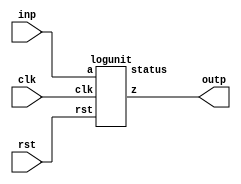
`define DEFINES_DONE
`define EXPONENT 5
`define MANTISSA 10
`define SIGN 1
`define DATAWIDTH (`SIGN+`EXPONENT+`MANTISSA)
`define IEEE_COMPLIANCE 1
`define NUM 8
`define ADDRSIZE 7
`define ADDRSIZE_FOR_TB 10
`define EXPONENT 5
`define MANTISSA 10
`define ACTUAL_MANTISSA 11
`define EXPONENT_LSB 10
`define EXPONENT_MSB 14
`define MANTISSA_LSB 0
`define MANTISSA_MSB 9
`define MANTISSA_MUL_SPLIT_LSB 3
`define MANTISSA_MUL_SPLIT_MSB 9
`define SIGN 1
`define SIGN_LOC 15
`define DWIDTH (`SIGN+`EXPONENT+`MANTISSA)
`define IEEE_COMPLIANCE 1
`define EXPONENT 5
`define MANTISSA 10
`define ACTUAL_MANTISSA 11
`define EXPONENT_LSB 10
`define EXPONENT_MSB 14
`define MANTISSA_LSB 0
`define MANTISSA_MSB 9
`define MANTISSA_MUL_SPLIT_LSB 3
`define MANTISSA_MUL_SPLIT_MSB 9
`define SIGN 1
`define SIGN_LOC 15
`define DWIDTH (`SIGN+`EXPONENT+`MANTISSA)
`define IEEE_COMPLIANCE 1
`define EXPONENT 5
`define MANTISSA 10
`define ACTUAL_MANTISSA 11
`define EXPONENT_LSB 10
`define EXPONENT_MSB 14
`define MANTISSA_LSB 0
`define MANTISSA_MSB 9
`define MANTISSA_MUL_SPLIT_LSB 3
`define MANTISSA_MUL_SPLIT_MSB 9
`define SIGN 1
`define SIGN_LOC 15
`define DWIDTH (`SIGN+`EXPONENT+`MANTISSA)
`define IEEE_COMPLIANCE 1

module mode5_ln(
clk,
rst,
inp,
outp
);
  input clk;
  input rst; 
  input  [`DATAWIDTH-1 : 0] inp;
  output [`DATAWIDTH-1 : 0] outp;
  logunit ln(.clk(clk), .rst(rst), .a(inp), .z(outp), .status());
endmodule
module logunit (clk, rst, a, z, status);

	input clk;
  input rst;
	input [15:0] a;
	output [15:0] z;
	output [4:0] status;

	wire [15: 0] fxout1;
	wire [15: 0] fxout2;


	LUT1 lut1 (.addr(a[14:10]),.log(fxout1)); 
	LUT2 lut2 (.addr(a[9:4]),.log(fxout2));  

  wire clk_NC;
  wire rst_NC;

	//DW_fp_addsub #(`MANTISSA, `EXPONENT, `IEEE_COMPLIANCE) add(.a(fxout1), .b(fxout2), .rnd(3'b0), .op(1'b0), .z(z), .status(status[7:0]));
  FPAddSub add (.clk(clk), .rst(rst), .a(fxout1),	.b(fxout2), .operation(1'b1),	.result(z), .flags());
endmodule
module LUT2(addr, log);
    input [5:0] addr;
    output reg [15:0] log;

    always @(addr) begin
        case (addr)
			6'b0 		: log = 16'b0000000000000000;
			6'b1 		: log = 16'b0010001111110000;
			6'b10 		: log = 16'b0010011111100001;
			6'b11 		: log = 16'b0010100111011101;
			6'b100 		: log = 16'b0010101111000011;
			6'b101 		: log = 16'b0010110011010000;
			6'b110 		: log = 16'b0010110110111100;
			6'b111 		: log = 16'b0010111010100101;
			6'b1000 		: log = 16'b0010111110001010;
			6'b1001 		: log = 16'b0011000000110110;
			6'b1010 		: log = 16'b0011000010100101;
			6'b1011 		: log = 16'b0011000100010011;
			6'b1100 		: log = 16'b0011000110000000;
			6'b1101 		: log = 16'b0011000111101011;
			6'b1110 		: log = 16'b0011001001010101;
			6'b1111 		: log = 16'b0011001010111101;
			6'b10000 		: log = 16'b0011001100100100;
			6'b10001 		: log = 16'b0011001110001010;
			6'b10010 		: log = 16'b0011001111101110;
			6'b10011 		: log = 16'b0011010000101001;
			6'b10100 		: log = 16'b0011010001011010;
			6'b10101 		: log = 16'b0011010010001010;
			6'b10110 		: log = 16'b0011010010111010;
			6'b10111 		: log = 16'b0011010011101010;
			6'b11000 		: log = 16'b0011010100011000;
			6'b11001 		: log = 16'b0011010101000111;
			6'b11010 		: log = 16'b0011010101110100;
			6'b11011 		: log = 16'b0011010110100010;
			6'b11100 		: log = 16'b0011010111001110;
			6'b11101 		: log = 16'b0011010111111011;
			6'b11110 		: log = 16'b0011011000100111;
			6'b11111 		: log = 16'b0011011001010010;
			6'b100000 		: log = 16'b0011011001111101;
			6'b100001 		: log = 16'b0011011010100111;
			6'b100010 		: log = 16'b0011011011010001;
			6'b100011 		: log = 16'b0011011011111011;
			6'b100100 		: log = 16'b0011011100100100;
			6'b100101 		: log = 16'b0011011101001101;
			6'b100110 		: log = 16'b0011011101110101;
			6'b100111 		: log = 16'b0011011110011101;
			6'b101000 		: log = 16'b0011011111000101;
			6'b101001 		: log = 16'b0011011111101100;
			6'b101010 		: log = 16'b0011100000001001;
			6'b101011 		: log = 16'b0011100000011101;
			6'b101100 		: log = 16'b0011100000110000;
			6'b101101 		: log = 16'b0011100001000010;
			6'b101110 		: log = 16'b0011100001010101;
			6'b101111 		: log = 16'b0011100001101000;
			6'b110000 		: log = 16'b0011100001111010;
			6'b110001 		: log = 16'b0011100010001100;
			6'b110010 		: log = 16'b0011100010011110;
			6'b110011 		: log = 16'b0011100010110000;
			6'b110100 		: log = 16'b0011100011000010;
			6'b110101 		: log = 16'b0011100011010100;
			6'b110110 		: log = 16'b0011100011100101;
			6'b110111 		: log = 16'b0011100011110110;
			6'b111000 		: log = 16'b0011100100000111;
			6'b111001 		: log = 16'b0011100100011000;
			6'b111010 		: log = 16'b0011100100101001;
			6'b111011 		: log = 16'b0011100100111010;
			6'b111100 		: log = 16'b0011100101001011;
			6'b111101 		: log = 16'b0011100101011011;
			6'b111110 		: log = 16'b0011100101101011;
			6'b111111 		: log = 16'b0011100101111100;
        endcase
    end
endmodule
module LUT1(addr, log);
    input [4:0] addr;
    output reg [15:0] log;

    always @(addr) begin
        case (addr)
			5'b0 		: log = 16'b1111110000000000;
			5'b1 		: log = 16'b1100100011011010;
			5'b10 		: log = 16'b1100100010000001;
			5'b11 		: log = 16'b1100100000101001;
			5'b100 		: log = 16'b1100011110100000;
			5'b101 		: log = 16'b1100011011101110;
			5'b110 		: log = 16'b1100011000111101;
			5'b111 		: log = 16'b1100010110001100;
			5'b1000 		: log = 16'b1100010011011010;
			5'b1001 		: log = 16'b1100010000101001;
			5'b1010 		: log = 16'b1100001011101110;
			5'b1011 		: log = 16'b1100000110001100;
			5'b1100 		: log = 16'b1100000000101001;
			5'b1101 		: log = 16'b1011110110001100;
			5'b1110 		: log = 16'b1011100110001100;
			5'b1111 		: log = 16'b0000000000000000;
			5'b10000 		: log = 16'b0011100110001100;
			5'b10001 		: log = 16'b0011110110001100;
			5'b10010 		: log = 16'b0100000000101001;
			5'b10011 		: log = 16'b0100000110001100;
			5'b10100 		: log = 16'b0100001011101110;
			5'b10101 		: log = 16'b0100010000101001;
			5'b10110 		: log = 16'b0100010011011010;
			5'b10111 		: log = 16'b0100010110001100;
			5'b11000 		: log = 16'b0100011000111101;
			5'b11001 		: log = 16'b0100011011101110;
			5'b11010 		: log = 16'b0100011110100000;
			5'b11011 		: log = 16'b0100100000101001;
			5'b11100 		: log = 16'b0100100010000001;
			5'b11101 		: log = 16'b0100100011011010;
			5'b11110 		: log = 16'b0100100100110011;
			5'b11111 		: log = 16'b0111110000000000;
        endcase
    end
endmodule

module FPAddSub(
		clk,
		rst,
		a,
		b,
		operation,			// 0 add, 1 sub
		result,
		flags
	);
	
	// Clock and reset
	input clk ;										// Clock signal
	input rst ;										// Reset (active high, resets pipeline registers)
	
	// Input ports
	input [`DWIDTH-1:0] a ;								// Input A, a 32-bit floating point number
	input [`DWIDTH-1:0] b ;								// Input B, a 32-bit floating point number
	input operation ;								// Operation select signal
	
	// Output ports
	output [`DWIDTH-1:0] result ;						// Result of the operation
	output [4:0] flags ;							// Flags indicating exceptions according to IEEE754
	
	assign flags = 5'b0;
	
`ifdef complex_dsp
adder_fp_clk u_add(.clk(clk), .a(a), .b(b),.out(result));
`else
FPAddSub_16 u_FPAddSub (.clk(clk), .rst(rst), .a(a), .b(b), .operation(1'b0), .result(result), .flags());
`endif
endmodule
module FPAddSub_16(
		//bf16,
		clk,
		rst,
		a,
		b,
		operation,			// 0 add, 1 sub
		result,
		flags
	);
	//input bf16; //1 for Bfloat16, 0 for IEEE half precision

	// Clock and reset
	input clk ;										// Clock signal
	input rst ;										// Reset (active high, resets pipeline registers)
	
	// Input ports
	input [`DWIDTH-1:0] a ;								// Input A, a 32-bit floating point number
	input [`DWIDTH-1:0] b ;								// Input B, a 32-bit floating point number
	input operation ;								// Operation select signal
	
	// Output ports
	output [`DWIDTH-1:0] result ;						// Result of the operation
	output [4:0] flags ;							// Flags indicating exceptions according to IEEE754
	
	// Pipeline Registers
	//reg [79:0] pipe_1;							// Pipeline register PreAlign->Align1
	reg [2*`EXPONENT + 2*`DWIDTH + 5:0] pipe_1;							// Pipeline register PreAlign->Align1

	//reg [67:0] pipe_2;							// Pipeline register Align1->Align3
	//reg [2*`EXPONENT+ 2*`MANTISSA + 8:0] pipe_2;							// Pipeline register Align1->Align3
	wire [2*`EXPONENT+ 2*`MANTISSA + 8:0] pipe_2;

	//reg [76:0] pipe_3;	68						// Pipeline register Align1->Align3
	reg [2*`EXPONENT+ 2*`MANTISSA + 9:0] pipe_3;							// Pipeline register Align1->Align3

	//reg [69:0] pipe_4;							// Pipeline register Align3->Execute
	//reg [2*`EXPONENT+ 2*`MANTISSA + 9:0] pipe_4;							// Pipeline register Align3->Execute
	wire [2*`EXPONENT+ 2*`MANTISSA + 9:0] pipe_4;
	
	//reg [51:0] pipe_5;							// Pipeline register Execute->Normalize
	reg [`DWIDTH+`EXPONENT+11:0] pipe_5;							// Pipeline register Execute->Normalize

	//reg [56:0] pipe_6;							// Pipeline register Nomalize->NormalizeShift1
	//reg [`DWIDTH+`EXPONENT+16:0] pipe_6;							// Pipeline register Nomalize->NormalizeShift1
	wire [`DWIDTH+`EXPONENT+16:0] pipe_6;

	//reg [56:0] pipe_7;							// Pipeline register NormalizeShift2->NormalizeShift3
	//reg [`DWIDTH+`EXPONENT+16:0] pipe_7;							// Pipeline register NormalizeShift2->NormalizeShift3
	wire [`DWIDTH+`EXPONENT+16:0] pipe_7;
	//reg [54:0] pipe_8;							// Pipeline register NormalizeShift3->Round
	reg [`EXPONENT*2+`MANTISSA+15:0] pipe_8;							// Pipeline register NormalizeShift3->Round

	//reg [40:0] pipe_9;							// Pipeline register NormalizeShift3->Round
	//reg [`DWIDTH+8:0] pipe_9;							// Pipeline register NormalizeShift3->Round
	wire [`DWIDTH+8:0] pipe_9;

	// Internal wires between modules
	wire [`DWIDTH-2:0] Aout_0 ;							// A - sign
	wire [`DWIDTH-2:0] Bout_0 ;							// B - sign
	wire Opout_0 ;									// A's sign
	wire Sa_0 ;										// A's sign
	wire Sb_0 ;										// B's sign
	wire MaxAB_1 ;									// Indicates the larger of A and B(0/A, 1/B)
	wire [`EXPONENT-1:0] CExp_1 ;							// Common Exponent
	wire [`EXPONENT-1:0] Shift_1 ;							// Number of steps to smaller mantissa shift right (align)
	wire [`MANTISSA-1:0] Mmax_1 ;							// Larger mantissa
	wire [4:0] InputExc_0 ;						// Input numbers are exceptions
	wire [2*`EXPONENT-1:0] ShiftDet_0 ;
	wire [`MANTISSA-1:0] MminS_1 ;						// Smaller mantissa after 0/16 shift
	wire [`MANTISSA:0] MminS_2 ;						// Smaller mantissa after 0/4/8/12 shift
	wire [`MANTISSA:0] Mmin_3 ;							// Smaller mantissa after 0/1/2/3 shift
	wire [`DWIDTH:0] Sum_4 ;
	wire PSgn_4 ;
	wire Opr_4 ;
	wire [`EXPONENT-1:0] Shift_5 ;							// Number of steps to shift sum left (normalize)
	wire [`DWIDTH:0] SumS_5 ;							// Sum after 0/16 shift
	wire [`DWIDTH:0] SumS_6 ;							// Sum after 0/16 shift
	wire [`DWIDTH:0] SumS_7 ;							// Sum after 0/16 shift
	wire [`MANTISSA-1:0] NormM_8 ;						// Normalized mantissa
	wire [`EXPONENT:0] NormE_8;							// Adjusted exponent
	wire ZeroSum_8 ;								// Zero flag
	wire NegE_8 ;									// Flag indicating negative exponent
	wire R_8 ;										// Round bit
	wire S_8 ;										// Final sticky bit
	wire FG_8 ;										// Final sticky bit
	wire [`DWIDTH-1:0] P_int ;
	wire EOF ;
	
	// Prepare the operands for alignment and check for exceptions
	FPAddSub_PrealignModule PrealignModule
	(	// Inputs
		a, b, operation,
		// Outputs
		Sa_0, Sb_0, ShiftDet_0[2*`EXPONENT-1:0], InputExc_0[4:0], Aout_0[`DWIDTH-2:0], Bout_0[`DWIDTH-2:0], Opout_0) ;
		
	// Prepare the operands for alignment and check for exceptions
	FPAddSub_AlignModule AlignModule
	(	// Inputs
		pipe_1[2*`EXPONENT + 2*`DWIDTH + 4: 2*`EXPONENT +`DWIDTH + 6], pipe_1[2*`EXPONENT +`DWIDTH + 5 :  2*`EXPONENT +7], pipe_1[2*`EXPONENT+4:5],
		// Outputs
		CExp_1[`EXPONENT-1:0], MaxAB_1, Shift_1[`EXPONENT-1:0], MminS_1[`MANTISSA-1:0], Mmax_1[`MANTISSA-1:0]) ;	

	// Alignment Shift Stage 1
	FPAddSub_AlignShift1 AlignShift1
	(  // Inputs
		//bf16, 
		pipe_2[`MANTISSA-1:0], pipe_2[`EXPONENT+ 2*`MANTISSA + 4 : 2*`MANTISSA + 7],
		// Outputs
		MminS_2[`MANTISSA:0]) ;

	// Alignment Shift Stage 3 and compution of guard and sticky bits
	FPAddSub_AlignShift2 AlignShift2  
	(  // Inputs
		pipe_3[`MANTISSA:0], pipe_3[2*`MANTISSA+7:2*`MANTISSA+6],
		// Outputs
		Mmin_3[`MANTISSA:0]) ;
						
	// Perform mantissa addition
	FPAddSub_ExecutionModule ExecutionModule
	(  // Inputs
		pipe_4[`MANTISSA*2+5:`MANTISSA+6], pipe_4[`MANTISSA:0], pipe_4[2*`EXPONENT+ 2*`MANTISSA + 8], pipe_4[2*`EXPONENT+ 2*`MANTISSA + 7], pipe_4[2*`EXPONENT+ 2*`MANTISSA + 6], pipe_4[2*`EXPONENT+ 2*`MANTISSA + 9],
		// Outputs
		Sum_4[`DWIDTH:0], PSgn_4, Opr_4) ;
	
	// Prepare normalization of result
	FPAddSub_NormalizeModule NormalizeModule
	(  // Inputs
		pipe_5[`DWIDTH:0], 
		// Outputs
		SumS_5[`DWIDTH:0], Shift_5[4:0]) ;
					
	// Normalization Shift Stage 1
	FPAddSub_NormalizeShift1 NormalizeShift1
	(  // Inputs
		pipe_6[`DWIDTH:0], pipe_6[`DWIDTH+`EXPONENT+14:`DWIDTH+`EXPONENT+11],
		// Outputs
		SumS_7[`DWIDTH:0]) ;
		
	// Normalization Shift Stage 3 and final guard, sticky and round bits
	FPAddSub_NormalizeShift2 NormalizeShift2
	(  // Inputs
		pipe_7[`DWIDTH:0], pipe_7[`DWIDTH+`EXPONENT+5:`DWIDTH+6], pipe_7[`DWIDTH+`EXPONENT+15:`DWIDTH+`EXPONENT+11],
		// Outputs
		NormM_8[`MANTISSA-1:0], NormE_8[`EXPONENT:0], ZeroSum_8, NegE_8, R_8, S_8, FG_8) ;

	// Round and put result together
	FPAddSub_RoundModule RoundModule
	(  // Inputs
		 pipe_8[3], pipe_8[4+`EXPONENT:4], pipe_8[`EXPONENT+`MANTISSA+4:5+`EXPONENT], pipe_8[1], pipe_8[0], pipe_8[`EXPONENT*2+`MANTISSA+15], pipe_8[`EXPONENT*2+`MANTISSA+12], pipe_8[`EXPONENT*2+`MANTISSA+11], pipe_8[`EXPONENT*2+`MANTISSA+14], pipe_8[`EXPONENT*2+`MANTISSA+10], 
		// Outputs
		P_int[`DWIDTH-1:0], EOF) ;
	
	// Check for exceptions
	FPAddSub_ExceptionModule Exceptionmodule
	(  // Inputs
		pipe_9[8+`DWIDTH:9], pipe_9[8], pipe_9[7], pipe_9[6], pipe_9[5:1], pipe_9[0], 
		// Outputs
		result[`DWIDTH-1:0], flags[4:0]) ;			
	

assign pipe_2 = {pipe_1[2*`EXPONENT + 2*`DWIDTH + 5], pipe_1[2*`EXPONENT +6:2*`EXPONENT +5], MaxAB_1, CExp_1[`EXPONENT-1:0], Shift_1[`EXPONENT-1:0], Mmax_1[`MANTISSA-1:0], pipe_1[4:0], MminS_1[`MANTISSA-1:0]} ;
assign pipe_4 = {pipe_3[2*`EXPONENT+ 2*`MANTISSA + 9:`MANTISSA+1], Mmin_3[`MANTISSA:0]} ;
assign pipe_6 = {pipe_5[`DWIDTH+`EXPONENT+11], Shift_5[4:0], pipe_5[`DWIDTH+`EXPONENT+10:`DWIDTH+1], SumS_5[`DWIDTH:0]} ;
assign pipe_7 = {pipe_6[`DWIDTH+`EXPONENT+16:`DWIDTH+1], SumS_7[`DWIDTH:0]} ;
assign pipe_9 = {P_int[`DWIDTH-1:0], pipe_8[2], pipe_8[1], pipe_8[0], pipe_8[`EXPONENT+`MANTISSA+9:`EXPONENT+`MANTISSA+5], EOF} ;

	always @ (posedge clk) begin	
		if(rst) begin
			pipe_1 <= 0;
			//pipe_2 <= 0;
			pipe_3 <= 0;
			//pipe_4 <= 0;
			pipe_5 <= 0;
			//pipe_6 <= 0;
			//pipe_7 <= 0;
			pipe_8 <= 0;
			//pipe_9 <= 0;
		end 
		else begin
/* PIPE_1:
	[2*`EXPONENT + 2*`DWIDTH + 5]  Opout_0
	[2*`EXPONENT + 2*`DWIDTH + 4: 2*`EXPONENT +`DWIDTH + 6] A_out0
	[2*`EXPONENT +`DWIDTH + 5 :  2*`EXPONENT +7] Bout_0
	[2*`EXPONENT +6] Sa_0
	[2*`EXPONENT +5] Sb_0
	[2*`EXPONENT +4 : 5] ShiftDet_0
	[4:0] Input Exc
*/
			pipe_1 <= {Opout_0, Aout_0[`DWIDTH-2:0], Bout_0[`DWIDTH-2:0], Sa_0, Sb_0, ShiftDet_0[2*`EXPONENT -1:0], InputExc_0[4:0]} ;	
/* PIPE_2
[2*`EXPONENT+ 2*`MANTISSA + 8] operation
[2*`EXPONENT+ 2*`MANTISSA + 7] Sa_0
[2*`EXPONENT+ 2*`MANTISSA + 6] Sb_0
[2*`EXPONENT+ 2*`MANTISSA + 5] MaxAB_0
[2*`EXPONENT+ 2*`MANTISSA + 4:`EXPONENT+ 2*`MANTISSA + 5] CExp_0
[`EXPONENT+ 2*`MANTISSA + 4 : 2*`MANTISSA + 5] Shift_0
[2*`MANTISSA + 4:`MANTISSA + 5] Mmax_0
[`MANTISSA + 4 : `MANTISSA] InputExc_0
[`MANTISSA-1:0] MminS_1
*/
			//pipe_2 <= {pipe_1[2*`EXPONENT + 2*`DWIDTH + 5], pipe_1[2*`EXPONENT +6:2*`EXPONENT +5], MaxAB_1, CExp_1[`EXPONENT-1:0], Shift_1[`EXPONENT-1:0], Mmax_1[`MANTISSA-1:0], pipe_1[4:0], MminS_1[`MANTISSA-1:0]} ;	
/* PIPE_3
[2*`EXPONENT+ 2*`MANTISSA + 9] operation
[2*`EXPONENT+ 2*`MANTISSA + 8] Sa_0
[2*`EXPONENT+ 2*`MANTISSA + 7] Sb_0
[2*`EXPONENT+ 2*`MANTISSA + 6] MaxAB_0
[2*`EXPONENT+ 2*`MANTISSA + 5:`EXPONENT+ 2*`MANTISSA + 6] CExp_0
[`EXPONENT+ 2*`MANTISSA + 5 : 2*`MANTISSA + 6] Shift_0
[2*`MANTISSA + 5:`MANTISSA + 6] Mmax_0
[`MANTISSA + 5 : `MANTISSA + 1] InputExc_0
[`MANTISSA:0] MminS_2
*/
			pipe_3 <= {pipe_2[2*`EXPONENT+ 2*`MANTISSA + 8:`MANTISSA], MminS_2[`MANTISSA:0]} ;	
/* PIPE_4
[2*`EXPONENT+ 2*`MANTISSA + 9] operation
[2*`EXPONENT+ 2*`MANTISSA + 8] Sa_0
[2*`EXPONENT+ 2*`MANTISSA + 7] Sb_0
[2*`EXPONENT+ 2*`MANTISSA + 6] MaxAB_0
[2*`EXPONENT+ 2*`MANTISSA + 5:`EXPONENT+ 2*`MANTISSA + 6] CExp_0
[`EXPONENT+ 2*`MANTISSA + 5 : 2*`MANTISSA + 6] Shift_0
[2*`MANTISSA + 5:`MANTISSA + 6] Mmax_0
[`MANTISSA + 5 : `MANTISSA + 1] InputExc_0
[`MANTISSA:0] MminS_3
*/				
			//pipe_4 <= {pipe_3[2*`EXPONENT+ 2*`MANTISSA + 9:`MANTISSA+1], Mmin_3[`MANTISSA:0]} ;	
/* PIPE_5 :
[`DWIDTH+ `EXPONENT + 11] operation
[`DWIDTH+ `EXPONENT + 10] PSgn_4
[`DWIDTH+ `EXPONENT + 9] Opr_4
[`DWIDTH+ `EXPONENT + 8] Sa_0
[`DWIDTH+ `EXPONENT + 7] Sb_0
[`DWIDTH+ `EXPONENT + 6] MaxAB_0
[`DWIDTH+ `EXPONENT + 5 :`DWIDTH+6] CExp_0
[`DWIDTH+5:`DWIDTH+1] InputExc_0
[`DWIDTH:0] Sum_4
*/					
			pipe_5 <= {pipe_4[2*`EXPONENT+ 2*`MANTISSA + 9], PSgn_4, Opr_4, pipe_4[2*`EXPONENT+ 2*`MANTISSA + 8:`EXPONENT+ 2*`MANTISSA + 6], pipe_4[`MANTISSA+5:`MANTISSA+1], Sum_4[`DWIDTH:0]} ;
/* PIPE_6 :
[`DWIDTH+ `EXPONENT + 16] operation
[`DWIDTH+ `EXPONENT + 15:`DWIDTH+ `EXPONENT + 11] Shift_5
[`DWIDTH+ `EXPONENT + 10] PSgn_4
[`DWIDTH+ `EXPONENT + 9] Opr_4
[`DWIDTH+ `EXPONENT + 8] Sa_0
[`DWIDTH+ `EXPONENT + 7] Sb_0
[`DWIDTH+ `EXPONENT + 6] MaxAB_0
[`DWIDTH+ `EXPONENT + 5 :`DWIDTH+6] CExp_0
[`DWIDTH+5:`DWIDTH+1] InputExc_0
[`DWIDTH:0] Sum_4
*/				
			//pipe_6 <= {pipe_5[`DWIDTH+`EXPONENT+11], Shift_5[4:0], pipe_5[`DWIDTH+`EXPONENT+10:`DWIDTH+1], SumS_5[`DWIDTH:0]} ;	
/* PIPE_7 :
[`DWIDTH+ `EXPONENT + 16] operation
[`DWIDTH+ `EXPONENT + 15:`DWIDTH+ `EXPONENT + 11] Shift_5
[`DWIDTH+ `EXPONENT + 10] PSgn_4
[`DWIDTH+ `EXPONENT + 9] Opr_4
[`DWIDTH+ `EXPONENT + 8] Sa_0
[`DWIDTH+ `EXPONENT + 7] Sb_0
[`DWIDTH+ `EXPONENT + 6] MaxAB_0
[`DWIDTH+ `EXPONENT + 5 :`DWIDTH+6] CExp_0
[`DWIDTH+5:`DWIDTH+1] InputExc_0
[`DWIDTH:0] Sum_4
*/						
			//pipe_7 <= {pipe_6[`DWIDTH+`EXPONENT+16:`DWIDTH+1], SumS_7[`DWIDTH:0]} ;	
/* PIPE_8:
[2*`EXPONENT + `MANTISSA + 15] FG_8 
[2*`EXPONENT + `MANTISSA + 14] operation
[2*`EXPONENT + `MANTISSA + 13] PSgn_4
[2*`EXPONENT + `MANTISSA + 12] Sa_0
[2*`EXPONENT + `MANTISSA + 11] Sb_0
[2*`EXPONENT + `MANTISSA + 10] MaxAB_0
[2*`EXPONENT + `MANTISSA + 9:`EXPONENT + `MANTISSA + 10] CExp_0
[`EXPONENT + `MANTISSA + 9:`EXPONENT + `MANTISSA + 5] InputExc_8
[`EXPONENT + `MANTISSA + 4 :`EXPONENT + 5] NormM_8 
[`EXPONENT + 4 :4] NormE_8
[3] ZeroSum_8
[2] NegE_8
[1] R_8
[0] S_8
*/				
			pipe_8 <= {FG_8, pipe_7[`DWIDTH+`EXPONENT+16], pipe_7[`DWIDTH+`EXPONENT+10], pipe_7[`DWIDTH+`EXPONENT+8:`DWIDTH+1], NormM_8[`MANTISSA-1:0], NormE_8[`EXPONENT:0], ZeroSum_8, NegE_8, R_8, S_8} ;	
/* pipe_9:
[`DWIDTH + 8 :9] P_int
[8] NegE_8
[7] R_8
[6] S_8
[5:1] InputExc_8
[0] EOF
*/				
			//pipe_9 <= {P_int[`DWIDTH-1:0], pipe_8[2], pipe_8[1], pipe_8[0], pipe_8[`EXPONENT+`MANTISSA+9:`EXPONENT+`MANTISSA+5], EOF} ;	
		end
	end		
	
endmodule
module FPAddSub_ExceptionModule(
		Z,
		NegE,
		R,
		S,
		InputExc,
		EOF,
		P,
		Flags
    );
	 
	// Input ports
	input [`DWIDTH-1:0] Z	;					// Final product
	input NegE ;						// Negative exponent?
	input R ;							// Round bit
	input S ;							// Sticky bit
	input [4:0] InputExc ;			// Exceptions in inputs A and B
	input EOF ;
	
	// Output ports
	output [`DWIDTH-1:0] P ;					// Final result
	output [4:0] Flags ;				// Exception flags
	
	// Internal signals
	wire Overflow ;					// Overflow flag
	wire Underflow ;					// Underflow flag
	wire DivideByZero ;				// Divide-by-Zero flag (always 0 in Add/Sub)
	wire Invalid ;						// Invalid inputs or result
	wire Inexact ;						// Result is inexact because of rounding
	
	// Exception flags
	
	// Result is too big to be represented
	assign Overflow = EOF | InputExc[1] | InputExc[0] ;
	
	// Result is too small to be represented
	assign Underflow = NegE & (R | S);
	
	// Infinite result computed exactly from finite operands
	assign DivideByZero = &(Z[`MANTISSA+`EXPONENT-1:`MANTISSA]) & ~|(Z[`MANTISSA+`EXPONENT-1:`MANTISSA]) & ~InputExc[1] & ~InputExc[0];
	
	// Invalid inputs or operation
	assign Invalid = |(InputExc[4:2]) ;
	
	// Inexact answer due to rounding, overflow or underflow
	assign Inexact = (R | S) | Overflow | Underflow;
	
	// Put pieces together to form final result
	assign P = Z ;
	
	// Collect exception flags	
	assign Flags = {Overflow, Underflow, DivideByZero, Invalid, Inexact} ; 	
	
endmodule
module FPAddSub_RoundModule(
		ZeroSum,
		NormE,
		NormM,
		R,
		S,
		G,
		Sa,
		Sb,
		Ctrl,
		MaxAB,
		Z,
		EOF
    );

	// Input ports
	input ZeroSum ;					// Sum is zero
	input [`EXPONENT:0] NormE ;				// Normalized exponent
	input [`MANTISSA-1:0] NormM ;				// Normalized mantissa
	input R ;							// Round bit
	input S ;							// Sticky bit
	input G ;
	input Sa ;							// A's sign bit
	input Sb ;							// B's sign bit
	input Ctrl ;						// Control bit (operation)
	input MaxAB ;
	
	// Output ports
	output [`DWIDTH-1:0] Z ;					// Final result
	output EOF ;
	
	// Internal signals
	wire [`MANTISSA:0] RoundUpM ;			// Rounded up sum with room for overflow
	wire [`MANTISSA-1:0] RoundM ;				// The final rounded sum
	wire [`EXPONENT:0] RoundE ;				// Rounded exponent (note extra bit due to poential overflow	)
	wire RoundUp ;						// Flag indicating that the sum should be rounded up
        wire FSgn;
	wire ExpAdd ;						// May have to add 1 to compensate for overflow 
	wire RoundOF ;						// Rounding overflow
	
	wire [`EXPONENT:0]temp_2;
	assign temp_2 = 0;
	// The cases where we need to round upwards (= adding one) in Round to nearest, tie to even
	assign RoundUp = (G & ((R | S) | NormM[0])) ;
	
	// Note that in the other cases (rounding down), the sum is already 'rounded'
	assign RoundUpM = (NormM + 1) ;								// The sum, rounded up by 1
	assign RoundM = (RoundUp ? RoundUpM[`MANTISSA-1:0] : NormM) ; 	// Compute final mantissa	
	assign RoundOF = RoundUp & RoundUpM[`MANTISSA] ; 				// Check for overflow when rounding up

	// Calculate post-rounding exponent
	assign ExpAdd = (RoundOF ? 1'b1 : 1'b0) ; 				// Add 1 to exponent to compensate for overflow
	assign RoundE = ZeroSum ? temp_2 : (NormE + ExpAdd) ; 							// Final exponent

	// If zero, need to determine sign according to rounding
	assign FSgn = (ZeroSum & (Sa ^ Sb)) | (ZeroSum ? (Sa & Sb & ~Ctrl) : ((~MaxAB & Sa) | ((Ctrl ^ Sb) & (MaxAB | Sa)))) ;

	// Assign final result
	assign Z = {FSgn, RoundE[`EXPONENT-1:0], RoundM[`MANTISSA-1:0]} ;
	
	// Indicate exponent overflow
	assign EOF = RoundE[`EXPONENT];
	
endmodule
module FPAddSub_NormalizeShift2(
		PSSum,
		CExp,
		Shift,
		NormM,
		NormE,
		ZeroSum,
		NegE,
		R,
		S,
		FG
	);
	
	// Input ports
	input [`DWIDTH:0] PSSum ;					// The Pre-Shift-Sum
	input [`EXPONENT-1:0] CExp ;
	input [4:0] Shift ;					// Amount to be shifted

	// Output ports
	output [`MANTISSA-1:0] NormM ;				// Normalized mantissa
	output [`EXPONENT:0] NormE ;					// Adjusted exponent
	output ZeroSum ;						// Zero flag
	output NegE ;							// Flag indicating negative exponent
	output R ;								// Round bit
	output S ;								// Final sticky bit
	output FG ;

	// Internal signals
	wire MSBShift ;						// Flag indicating that a second shift is needed
	wire [`EXPONENT:0] ExpOF ;					// MSB set in sum indicates overflow
	wire [`EXPONENT:0] ExpOK ;					// MSB not set, no adjustment
	
	// Calculate normalized exponent and mantissa, check for all-zero sum
	assign MSBShift = PSSum[`DWIDTH] ;		// Check MSB in unnormalized sum
	assign ZeroSum = ~|PSSum ;			// Check for all zero sum
	assign ExpOK = CExp - Shift ;		// Adjust exponent for new normalized mantissa
	assign NegE = ExpOK[`EXPONENT] ;			// Check for exponent overflow
	assign ExpOF = CExp - Shift + 1'b1 ;		// If MSB set, add one to exponent(x2)
	assign NormE = MSBShift ? ExpOF : ExpOK ;			// Check for exponent overflow
	assign NormM = PSSum[`DWIDTH-1:`EXPONENT+1] ;		// The new, normalized mantissa
	
	// Also need to compute sticky and round bits for the rounding stage
	assign FG = PSSum[`EXPONENT] ; 
	assign R = PSSum[`EXPONENT-1] ;
	assign S = |PSSum[`EXPONENT-2:0] ;
	
endmodule
module FPAddSub_NormalizeShift1(
		MminP,
		Shift,
		Mmin
	);
	
	// Input ports
	input [`DWIDTH:0] MminP ;						// Smaller mantissa after 16|12|8|4 shift
	input [3:0] Shift ;						// Shift amount
	
	// Output ports
	output [`DWIDTH:0] Mmin ;						// The smaller mantissa
	
	reg	  [`DWIDTH:0]		Lvl2;
	wire    [2*`DWIDTH+1:0]    Stage1;	
	reg	  [`DWIDTH:0]		Lvl3;
	wire    [2*`DWIDTH+1:0]    Stage2;	
	integer           i;               	// Loop variable
	
	assign Stage1 = {MminP, MminP};

	always @(*) begin    					// Rotate {0 | 4 | 8 | 12} bits
	  case (Shift[3:2])
			// Rotate by 0
			2'b00: Lvl2 <= Stage1[`DWIDTH:0];       		
			// Rotate by 4
			2'b01: begin for (i=33; i>=17; i=i-1) begin Lvl2[i-33] <= Stage1[i-4]; end Lvl2[3:0] <= 0; end
			// Rotate by 8
			2'b10: begin for (i=33; i>=17; i=i-1) begin Lvl2[i-33] <= Stage1[i-8]; end Lvl2[7:0] <= 0; end
			// Rotate by 12
			2'b11: begin for (i=33; i>=17; i=i-1) begin Lvl2[i-33] <= Stage1[i-12]; end Lvl2[11:0] <= 0; end
	  endcase
	end
	
	assign Stage2 = {Lvl2, Lvl2};

	always @(*) begin   				 		// Rotate {0 | 1 | 2 | 3} bits
	  case (Shift[1:0])
			// Rotate by 0
			2'b00:  Lvl3 <= Stage2[`DWIDTH:0];
			// Rotate by 1
			2'b01: begin for (i=33; i>=17; i=i-1) begin Lvl3[i-`DWIDTH-1] <= Stage2[i-1]; end Lvl3[0] <= 0; end 
			// Rotate by 2
			2'b10: begin for (i=33; i>=17; i=i-1) begin Lvl3[i-`DWIDTH-1] <= Stage2[i-2]; end Lvl3[1:0] <= 0; end
			// Rotate by 3
			2'b11: begin for (i=33; i>=17; i=i-1) begin Lvl3[i-`DWIDTH-1] <= Stage2[i-3]; end Lvl3[2:0] <= 0; end
	  endcase
	end
	
	// Assign outputs
	assign Mmin = Lvl3;						// Take out smaller mantissa			
	
endmodule
module FPAddSub_NormalizeModule(
		Sum,
		Mmin,
		Shift
    );

	// Input ports
	input [`DWIDTH:0] Sum ;					// Mantissa sum including hidden 1 and GRS
	
	// Output ports
	output [`DWIDTH:0] Mmin ;					// Mantissa after 16|0 shift
	output [4:0] Shift ;					// Shift amount
	//Changes in this doesn't matter since even Bfloat16 can't go beyond 7 shift to the mantissa (only 3 bits valid here)  
	// Determine normalization shift amount by finding leading nought
	assign Shift =  ( 
		Sum[16] ? 5'b00000 :	 
		Sum[15] ? 5'b00001 : 
		Sum[14] ? 5'b00010 : 
		Sum[13] ? 5'b00011 : 
		Sum[12] ? 5'b00100 : 
		Sum[11] ? 5'b00101 : 
		Sum[10] ? 5'b00110 : 
		Sum[9] ? 5'b00111 :
		Sum[8] ? 5'b01000 :
		Sum[7] ? 5'b01001 :
		Sum[6] ? 5'b01010 :
		Sum[5] ? 5'b01011 :
		Sum[4] ? 5'b01100 : 5'b01101
	//	Sum[19] ? 5'b01101 :
	//	Sum[18] ? 5'b01110 :
	//	Sum[17] ? 5'b01111 :
	//	Sum[16] ? 5'b10000 :
	//	Sum[15] ? 5'b10001 :
	//	Sum[14] ? 5'b10010 :
	//	Sum[13] ? 5'b10011 :
	//	Sum[12] ? 5'b10100 :
	//	Sum[11] ? 5'b10101 :
	//	Sum[10] ? 5'b10110 :
	//	Sum[9] ? 5'b10111 :
	//	Sum[8] ? 5'b11000 :
	//	Sum[7] ? 5'b11001 : 5'b11010
	);
	
	reg	  [`DWIDTH:0]		Lvl1;
	
	always @(*) begin
		// Rotate by 16?
		Lvl1 <= Shift[4] ? {Sum[8:0], 8'b00000000} : Sum; 
	end
	
	// Assign outputs
	assign Mmin = Lvl1;						// Take out smaller mantissa

endmodule
module FPAddSub_ExecutionModule(
		Mmax,
		Mmin,
		Sa,
		Sb,
		MaxAB,
		OpMode,
		Sum,
		PSgn,
		Opr
    );

	// Input ports
	input [`MANTISSA-1:0] Mmax ;					// The larger mantissa
	input [`MANTISSA:0] Mmin ;					// The smaller mantissa
	input Sa ;								// Sign bit of larger number
	input Sb ;								// Sign bit of smaller number
	input MaxAB ;							// Indicates the larger number (0/A, 1/B)
	input OpMode ;							// Operation to be performed (0/Add, 1/Sub)
	
	// Output ports
	output [`DWIDTH:0] Sum ;					// The result of the operation
	output PSgn ;							// The sign for the result
	output Opr ;							// The effective (performed) operation

	wire [`EXPONENT-1:0]temp_1;

	assign Opr = (OpMode^Sa^Sb); 		// Resolve sign to determine operation
	assign temp_1 = 0;
	// Perform effective operation
//SAMIDH_UNSURE 5--> 8

	assign Sum = (OpMode^Sa^Sb) ? ({1'b1, Mmax, temp_1} - {Mmin, temp_1}) : ({1'b1, Mmax, temp_1} + {Mmin, temp_1}) ;
	
	// Assign result sign
	assign PSgn = (MaxAB ? Sb : Sa) ;

endmodule
module FPAddSub_AlignShift2(
		MminP,
		Shift,
		Mmin
	);
	
	// Input ports
	input [`MANTISSA:0] MminP ;						// Smaller mantissa after 16|12|8|4 shift
	input [1:0] Shift ;						// Shift amount. Last 2 bits
	
	// Output ports
	output [`MANTISSA:0] Mmin ;						// The smaller mantissa
	
	// Internal Signal
	reg	  [`MANTISSA:0]		Lvl3;
	wire    [2*`MANTISSA+1:0]    Stage2;	
	integer           j;               // Loop variable
	
	assign Stage2 = {11'b0, MminP};

	always @(*) begin    // Rotate {0 | 1 | 2 | 3} bits
	  case (Shift[1:0])
			// Rotate by 0
			2'b00:  Lvl3 <= Stage2[`MANTISSA:0];   
			// Rotate by 1
			2'b01:  begin for (j=0; j<=`MANTISSA; j=j+1)  begin Lvl3[j] <= Stage2[j+1]; end Lvl3[`MANTISSA] <= 0; end 
			// Rotate by 2
			2'b10:  begin for (j=0; j<=`MANTISSA; j=j+1)  begin Lvl3[j] <= Stage2[j+2]; end Lvl3[`MANTISSA:`MANTISSA-1] <= 0; end 
			// Rotate by 3
			2'b11:  begin for (j=0; j<=`MANTISSA; j=j+1)  begin Lvl3[j] <= Stage2[j+3]; end Lvl3[`MANTISSA:`MANTISSA-2] <= 0; end 	  
	  endcase
	end
	
	// Assign output
	assign Mmin = Lvl3;						// Take out smaller mantissa				

endmodule
module FPAddSub_AlignShift1(
		//bf16,
		MminP,
		Shift,
		Mmin
	);
	
	// Input ports
	//input bf16;
	input [`MANTISSA-1:0] MminP ;						// Smaller mantissa after 16|12|8|4 shift
	input [`EXPONENT-3:0] Shift ;						// Shift amount. Last 2 bits of shifting are done in next stage. Hence, we have [`EXPONENT - 2] bits
	
	// Output ports
	output [`MANTISSA:0] Mmin ;						// The smaller mantissa
	

	wire bf16;
	assign bf16 = 1'b1; //hardcoding to 1, to avoid ODIN issue. a `ifdef here wasn't working. apparently, nested `ifdefs don't work

	// Internal signals
	reg	  [`MANTISSA:0]		Lvl1;
	reg	  [`MANTISSA:0]		Lvl2;
	wire    [2*`MANTISSA+1:0]    Stage1;	
	integer           i;                // Loop variable

	wire [`MANTISSA:0] temp_0; 

assign temp_0 = 0;

	always @(*) begin
		if (bf16 == 1'b1) begin						
//hardcoding for bfloat16
	//For bfloat16, we can shift the mantissa by a max of 7 bits since mantissa has a width of 7. 
	//Hence if either, bit[3]/bit[4]/bit[5]/bit[6]/bit[7] is 1, we can make it 0. This corresponds to bits [5:1] in our updated shift which doesn't contain last 2 bits.
		//Lvl1 <= (Shift[1]|Shift[2]|Shift[3]|Shift[4]|Shift[5]) ? {temp_0} : {1'b1, MminP};  // MANTISSA + 1 width	
		Lvl1 <= (|Shift[`EXPONENT-3:1]) ? {temp_0} : {1'b1, MminP};  // MANTISSA + 1 width	
		end
		else begin
		//for half precision fp16, 10 bits can be shifted. Hence, only shifts till 10 (01010)can be made. 
		Lvl1 <= Shift[2] ? {temp_0} : {1'b1, MminP};
		end
	end
	
	assign Stage1 = { temp_0, Lvl1}; //2*MANTISSA + 2 width

	always @(*) begin    					// Rotate {0 | 4 } bits
	if(bf16 == 1'b1) begin
	  case (Shift[0])
			// Rotate by 0	
			1'b0:  Lvl2 <= Stage1[`MANTISSA:0];       			
			// Rotate by 4	
			1'b1:  begin for (i=0; i<=`MANTISSA; i=i+1) begin Lvl2[i] <= Stage1[i+4]; end Lvl2[`MANTISSA:`MANTISSA-3] <= 0; end
	  endcase
	end
	else begin
	  case (Shift[1:0])					// Rotate {0 | 4 | 8} bits
			// Rotate by 0	
			2'b00:  Lvl2 <= Stage1[`MANTISSA:0];       			
			// Rotate by 4	
			2'b01:  begin for (i=0; i<=`MANTISSA; i=i+1) begin Lvl2[i] <= Stage1[i+4]; end Lvl2[`MANTISSA:`MANTISSA-3] <= 0; end
			// Rotate by 8
			2'b10:  begin for (i=0; i<=`MANTISSA; i=i+1) begin Lvl2[i] <= Stage1[i+8]; end Lvl2[`MANTISSA:`MANTISSA-7] <= 0; end
			// Rotate by 12	
			2'b11: Lvl2[`MANTISSA: 0] <= 0; 
			//2'b11:  begin for (i=0; i<=`MANTISSA; i=i+1) begin Lvl2[i] <= Stage1[i+12]; end Lvl2[`MANTISSA:`MANTISSA-12] <= 0; end
	  endcase
	end
	end

	// Assign output to next shift stage
	assign Mmin = Lvl2;
	
endmodule
module FPAddSub_AlignModule (
		A,
		B,
		ShiftDet,
		CExp,
		MaxAB,
		Shift,
		Mmin,
		Mmax
	);
	
	// Input ports
	input [`DWIDTH-2:0] A ;								// Input A, a 32-bit floating point number
	input [`DWIDTH-2:0] B ;								// Input B, a 32-bit floating point number
	input [2*`EXPONENT-1:0] ShiftDet ;
	
	// Output ports
	output [`EXPONENT-1:0] CExp ;							// Common Exponent
	output MaxAB ;									// Incidates larger of A and B (0/A, 1/B)
	output [`EXPONENT-1:0] Shift ;							// Number of steps to smaller mantissa shift right
	output [`MANTISSA-1:0] Mmin ;							// Smaller mantissa 
	output [`MANTISSA-1:0] Mmax ;							// Larger mantissa
	
	// Internal signals
	//wire BOF ;										// Check for shifting overflow if B is larger
	//wire AOF ;										// Check for shifting overflow if A is larger
	
	assign MaxAB = (A[`DWIDTH-2:0] < B[`DWIDTH-2:0]) ;	
	//assign BOF = ShiftDet[9:5] < 25 ;		// Cannot shift more than 25 bits
	//assign AOF = ShiftDet[4:0] < 25 ;		// Cannot shift more than 25 bits
	
	// Determine final shift value
	//assign Shift = MaxAB ? (BOF ? ShiftDet[9:5] : 5'b11001) : (AOF ? ShiftDet[4:0] : 5'b11001) ;
	
	assign Shift = MaxAB ? ShiftDet[2*`EXPONENT-1:`EXPONENT] : ShiftDet[`EXPONENT-1:0] ;
	
	// Take out smaller mantissa and append shift space
	assign Mmin = MaxAB ? A[`MANTISSA-1:0] : B[`MANTISSA-1:0] ; 
	
	// Take out larger mantissa	
	assign Mmax = MaxAB ? B[`MANTISSA-1:0]: A[`MANTISSA-1:0] ;	
	
	// Common exponent
	assign CExp = (MaxAB ? B[`MANTISSA+`EXPONENT-1:`MANTISSA] : A[`MANTISSA+`EXPONENT-1:`MANTISSA]) ;		
	
endmodule
module FPAddSub_PrealignModule(
		A,
		B,
		operation,
		Sa,
		Sb,
		ShiftDet,
		InputExc,
		Aout,
		Bout,
		Opout
	);
	
	// Input ports
	input [`DWIDTH-1:0] A ;										// Input A, a 32-bit floating point number
	input [`DWIDTH-1:0] B ;										// Input B, a 32-bit floating point number
	input operation ;
	
	// Output ports
	output Sa ;												// A's sign
	output Sb ;												// B's sign
	output [2*`EXPONENT-1:0] ShiftDet ;
	output [4:0] InputExc ;								// Input numbers are exceptions
	output [`DWIDTH-2:0] Aout ;
	output [`DWIDTH-2:0] Bout ;
	output Opout ;
	
	// Internal signals									// If signal is high...
	wire ANaN ;												// A is a NaN (Not-a-Number)
	wire BNaN ;												// B is a NaN
	wire AInf ;												// A is infinity
	wire BInf ;												// B is infinity
	wire [`EXPONENT-1:0] DAB ;										// ExpA - ExpB					
	wire [`EXPONENT-1:0] DBA ;										// ExpB - ExpA	
	
	assign ANaN = &(A[`DWIDTH-2:`DWIDTH-1-`EXPONENT]) & |(A[`MANTISSA-1:0]) ;		// All one exponent and not all zero mantissa - NaN
	assign BNaN = &(B[`DWIDTH-2:`DWIDTH-1-`EXPONENT]) & |(B[`MANTISSA-1:0]);		// All one exponent and not all zero mantissa - NaN
	assign AInf = &(A[`DWIDTH-2:`DWIDTH-1-`EXPONENT]) & ~|(A[`MANTISSA-1:0]) ;	// All one exponent and all zero mantissa - Infinity
	assign BInf = &(B[`DWIDTH-2:`DWIDTH-1-`EXPONENT]) & ~|(B[`MANTISSA-1:0]) ;	// All one exponent and all zero mantissa - Infinity
	
	// Put all flags into exception vector
	assign InputExc = {(ANaN | BNaN | AInf | BInf), ANaN, BNaN, AInf, BInf} ;
	
	//assign DAB = (A[30:23] - B[30:23]) ;
	//assign DBA = (B[30:23] - A[30:23]) ;
	assign DAB = (A[`DWIDTH-2:`MANTISSA] + ~(B[`DWIDTH-2:`MANTISSA]) + 1) ;
	assign DBA = (B[`DWIDTH-2:`MANTISSA] + ~(A[`DWIDTH-2:`MANTISSA]) + 1) ;
	
	assign Sa = A[`DWIDTH-1] ;									// A's sign bit
	assign Sb = B[`DWIDTH-1] ;									// B's sign	bit
	assign ShiftDet = {DBA[`EXPONENT-1:0], DAB[`EXPONENT-1:0]} ;		// Shift data
	assign Opout = operation ;
	assign Aout = A[`DWIDTH-2:0] ;
	assign Bout = B[`DWIDTH-2:0] ;
	
endmodule